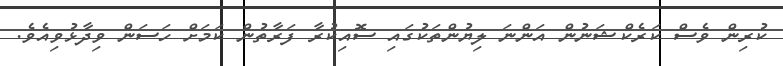
ކުރިން ވެސް ކަރެކްޝަނުން އަންނަ ލިޔުންތަކުގައި ސޮއިކުރާ ފަރާތުން ކަމަށް ހަސަން ވިދާޅުވިއެވެ.